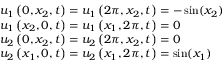
\begin{array} { r l } & { u _ { 1 } \left( 0 , { { x } _ { 2 } } , t \right) = u _ { 1 } \left( 2 \pi , { { x } _ { 2 } } , t \right) = - \sin ( x _ { 2 } ) } \\ & { u _ { 1 } \left( { { x } _ { 2 } } , 0 , t \right) = u _ { 1 } \left( { { x } _ { 1 } } , 2 \pi , t \right) = 0 } \\ & { u _ { 2 } \left( 0 , { { x } _ { 2 } } , t \right) = u _ { 2 } \left( 2 \pi , { { x } _ { 2 } } , t \right) = 0 } \\ & { u _ { 2 } \left( { { x } _ { 1 } } , 0 , t \right) = u _ { 2 } \left( { { x } _ { 1 } } , 2 \pi , t \right) = \sin ( x _ { 1 } ) } \end{array}